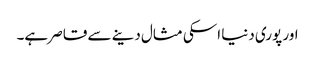
اور پوری دنیا اسکی مثال دینے سے قاصر ہے۔